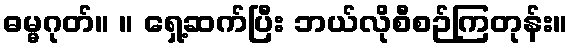
ဓမ္မဂုတ်။ ။ ရှေ့ဆက်ပြီး ဘယ်လိုစီစဉ်ကြတုန်း။